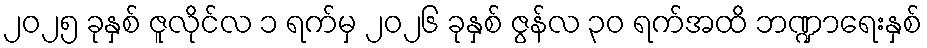
၂၀၂၅ ခုနှစ် ဇူလိုင်လ ၁ ရက်မှ ၂၀၂၆ ခုနှစ် ဇွန်လ ၃၀ ရက်အထိ ဘဏ္ဍာရေးနှစ်